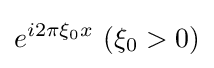
e^{i2\pi \xi _{0}x}\ (\xi _{0}>0)